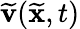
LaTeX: \widetilde{{\mathbf v}}(\widetilde{{\mathbf x}},t)